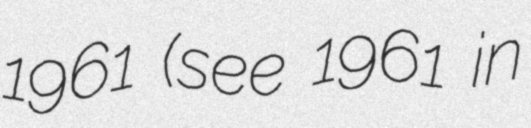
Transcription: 1961 (see 1961 in